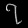
Digit: ၇